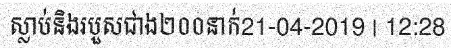
ស្លាប់និងរបួសជាង២០០នាក់21-04-2019 | 12:28